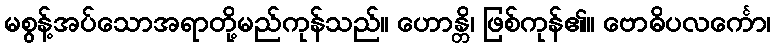
မစွန့်အပ်သောအရာတို့မည်ကုန်သည်။ ဟောန္တိ၊ ဖြစ်ကုန်၏။ ဗောဓိပလင်္ကော၊